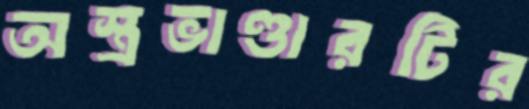
অস্ত্রভাণ্ডারটির